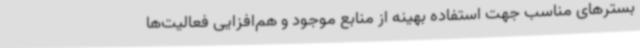
بسترهای مناسب جهت استفاده بهینه از منابع موجود و هم‌افزایی فعالیت‌ها